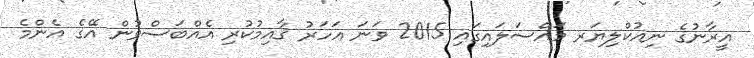
އީރާނުގެ ނިއުކްލިޔަރ މައްސަލައިގައި 2015 ވަނަ އަހަރު ޤާއިމުކުރި އެއްބަސްވުން އޭގެ އެންމެ